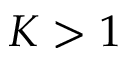
K > 1